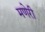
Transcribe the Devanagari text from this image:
मणेरी